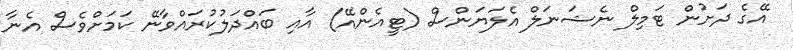
އޭގެ ދަށުން ޓަމިލް ނެޝަނަލް އެލަޔަންސް (ޓީއެންއޭ) އާއި ބައްދަލުކުރައްވާނޭ ކަމަށްވެސް އެނާ